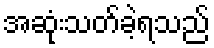
အဆုံးသတ်ခဲ့ရသည်